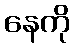
နေကို